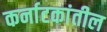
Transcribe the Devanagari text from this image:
कर्नाटकांतील